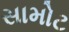
સામોટ